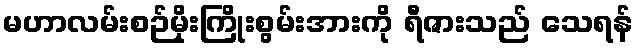
မဟာလမ်းစဉ်မိုးကြိုးစွမ်းအားကို ရီဇားသည် သေရန်